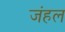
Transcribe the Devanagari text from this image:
जंहल